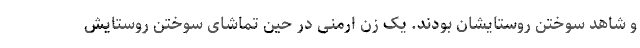
و شاهد سوختن روستایشان بودند. یک زن ارمنی در حین تماشای سوختن روستایش